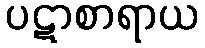
ပဋာစာရာယ